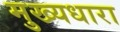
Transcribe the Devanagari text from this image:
मुख्‍यधारा